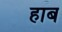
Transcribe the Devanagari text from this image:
हाब